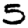
Digit: 5